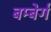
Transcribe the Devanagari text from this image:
बम्बेर्ग